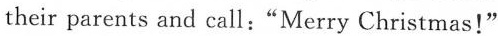
their parents and call:"Merry Christmas!"